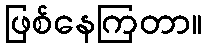
ဖြစ်နေကြတာ။